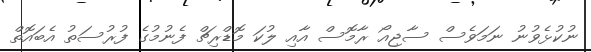
ނުކުޅެވުނު ނަމަވެސް ސާޖިއޯ ރާމޮސް އާއި ލުކަ މޮޑްރިޗް ފެނުމުގެ ފުރުސަތު އެބައޮތް